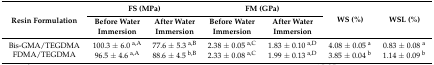
<table><thead><tr><td rowspan="2"><b>Resin Formulation</b></td><td colspan="2"><b>FS (MPa)</b></td><td colspan="2"><b>FM (GPa)</b></td><td rowspan="2"><b>WS (%)</b></td><td rowspan="2"><b>WSL (%)</b></td></tr><tr><td><b>Before Water Immersion</b></td><td><b>After Water Immersion</b></td><td><b>Before Water Immersion</b></td><td><b>After Water Immersion</b></td></tr></thead><tbody><tr><td>Bis-GMA/TEGDMA</td><td>100.3 ± 6.0 <sup>a,A</sup></td><td>77.6 ± 5.3 <sup>a,B</sup></td><td>2.38 ± 0.05 <sup>a,C</sup></td><td>1.83 ± 0.10 <sup>a,D</sup></td><td>4.08 ± 0.05 <sup>a</sup></td><td>0.83 ± 0.08 <sup>a</sup></td></tr><tr><td>FDMA/TEGDMA</td><td>96.5 ± 4.6 <sup>a,A</sup></td><td>88.6 ± 4.5 <sup>b,B</sup></td><td>2.33 ± 0.08 <sup>a,C</sup></td><td>1.99 ± 0.13 <sup>a,D</sup></td><td>3.85 ± 0.04 <sup>b</sup></td><td>1.14 ± 0.09 <sup>b</sup></td></tr></tbody></table>